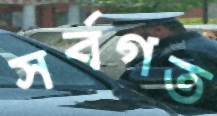
সর্বগত